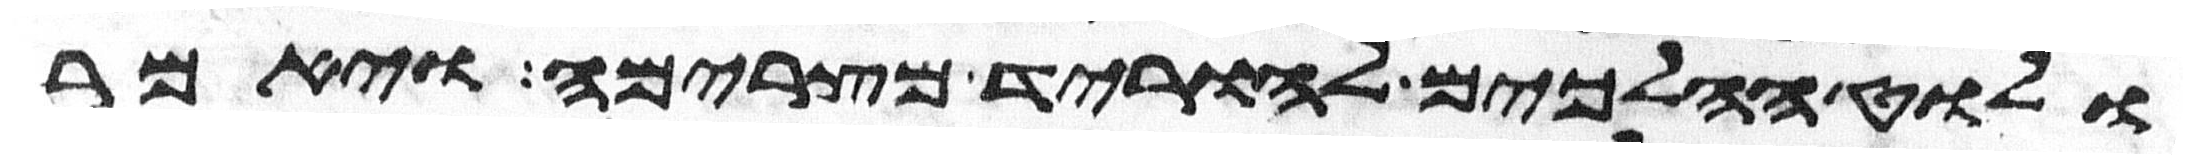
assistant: ולוט הלכים להוריד מצרימה ויאמר